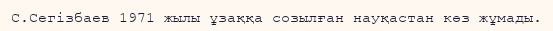
С.Сегізбаев 1971 жылы ұзаққа созылған науқастан көз жұмады.